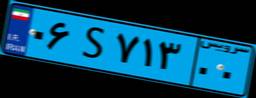
۰۶S۷۱۳۰۰